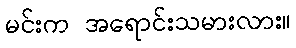
မင်းက အရောင်းသမားလား။